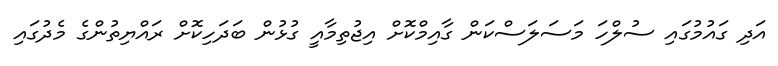
އަދި ގައުމުގައި ސުލްހަ މަސަލަސްކަން ގާއިމްކޮށް އިޖުތިމާއީ ގުޅުން ބަދަހިކޮށް ރައްޔިތުންގެ މެދުގައި